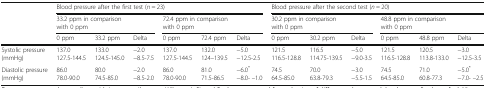
| <ROWSPAN=3>  | <COLSPAN=6> Blood pressure after the first test (n = 23) | <COLSPAN=6> Blood pressure after the second test (n = 20) |
 | <COLSPAN=3> 33.2 ppm in comparison with 0 ppm | <COLSPAN=3> 72.4 ppm in comparison with 0 ppm | <COLSPAN=3> 30.2 ppm in comparison with 0 ppm | <COLSPAN=3> 48.8 ppm in comparison with 0 ppm |
 | 0 ppm | 33.2 ppm | Delta | 0 ppm | 72.4 ppm | Delta | 0 ppm | 30.2 ppm | Delta | 0 ppm | 48.8 ppm | Delta |
 | --- | --- | --- | --- | --- | --- | --- | --- | --- | --- | --- | --- | --- |
 | Systolic pressure (mmHg) | 137.0127.5-144.5 | 133.0124.5-145.0 | −2.0−8.5-7.5 | 137.0127.5-144.5 | 132.0124–139.5 | −5.0−12.5-2.5 | 121.5116.5-128.8 | 116.5114.75-139.5 | −5.0−9.0-3.5 | 121.5116.5-128.8 | 120.5113.8-133.0 | −3.0−12.5-3.5 |
 | Diastolic pressure (mmHg) | 86.078.0-90.0 | 80.074.5-85.0 | −2.0−8.5-2.0 | 86.078.0-90.0 | 81.071.5-86.5 | −6.0*−8.0- –1.0 | 74.564.5-85.0 | 70.063.8-79.3 | −3.0−5.5-1.5 | 74.564.5-85.0 | 71.060.8-77.3 | −5.0*−7.0- –2.5 |